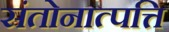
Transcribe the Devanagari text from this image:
संतोनात्पत्ति